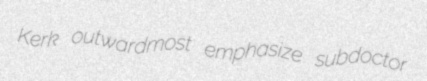
Kerk outwardmost emphasize subdoctor